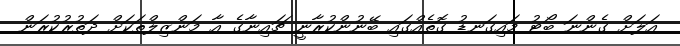
އަލަށް ގެންނަ ބޯޓު މައިގަނޑު ގޮތެއްގައި ބޭނުންކުރާނީ ޗައިނާގެ އާ މަންޒިލްތަކަށް ދަތުރުކުރަން